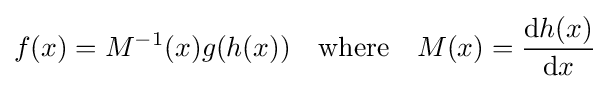
f(x)=M^{-1}(x)g(h(x))\quad {\text{where}}\quad M(x)={\frac {\mathrm {d} h(x)}{\mathrm {d} x}}